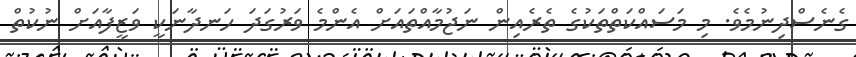
ގެނެސްދިނުމެވެ. މި މަސައްކަތްތަކުގެ ތެރެއިން ނަޖުމާއްތައަށް އެންމެ ވަރުގަދަ ހަނދާނަކީ ވަޒީފާއަށް ނުކުތް